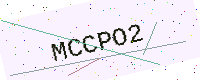
Text: MCCPO2